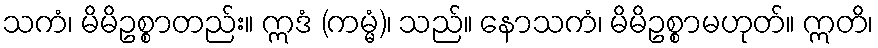
သကံ၊ မိမိဥစ္စာတည်း။ ဣဒံ (ကမ္မံ)၊ သည်။ နောသကံ၊ မိမိဥစ္စာမဟုတ်။ ဣတိ၊